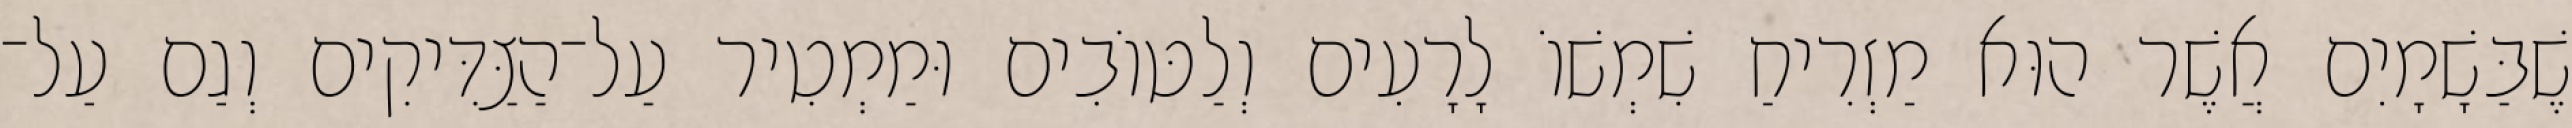
שֶׁבַּשָׁמָיִם אֲשֶׁר הוּא מַזְרִיחַ שִׁמְשׁוֹ לָרָעִים וְלַטּוֹבִים וּמַמְטִיר עַל־הַצַּדִּיקִים וְגַם עַל־